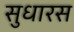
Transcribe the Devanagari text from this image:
सुधारस